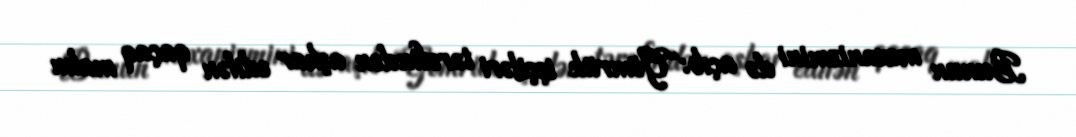
Bunun mexanizmini də açıb: “Gömrük işçiləri tərəfindən aşkar edilən qaçaq malın